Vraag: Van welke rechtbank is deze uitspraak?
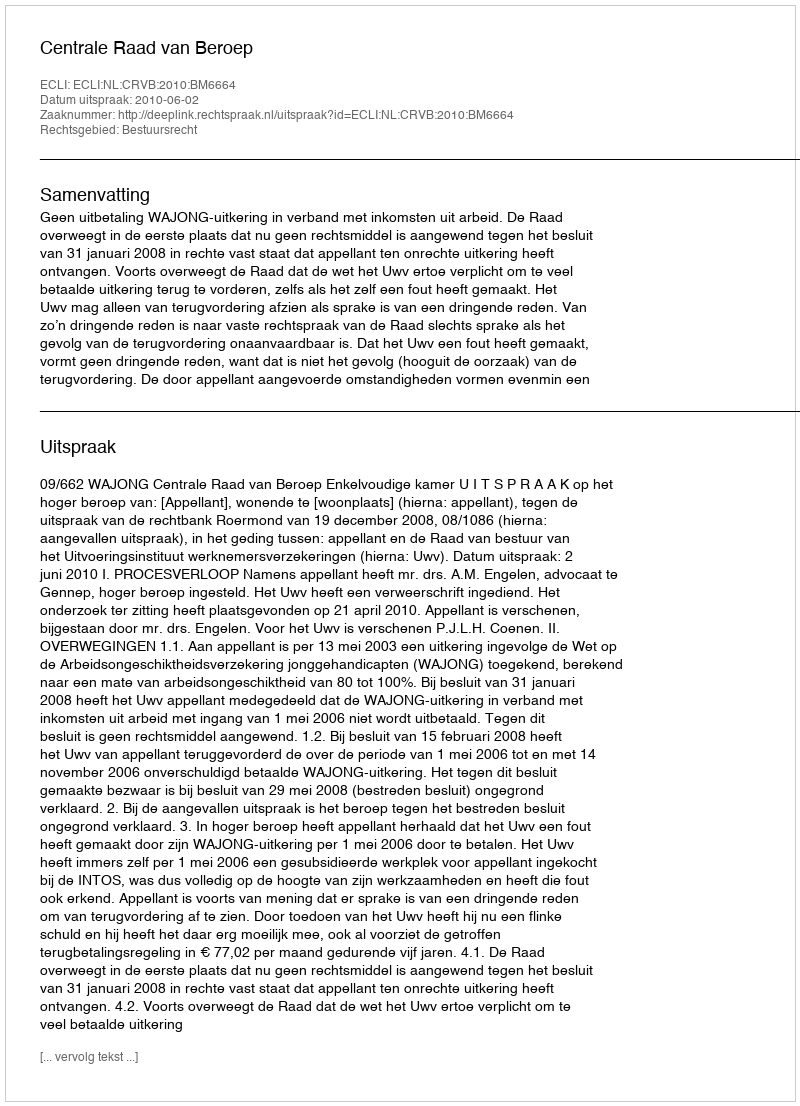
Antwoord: Centrale Raad van Beroep